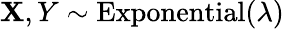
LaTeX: \mathbf{X},Y\sim{\textrm{{Exponential}}}(\lambda)